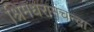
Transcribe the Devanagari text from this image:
श्रिमधरामचन्द्रा